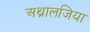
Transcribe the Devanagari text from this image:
अथ्रालजिया